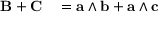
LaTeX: \begin{array} { r l } { \mathbf { B } + \mathbf { C } } & { { } = \mathbf { a } \wedge \mathbf { b } + \mathbf { a } \wedge \mathbf { c } } \end{array}